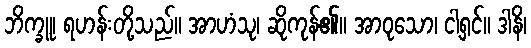
ဘိက္ခူ၊ ရဟန်းတို့သည်။ အာဟံသု၊ ဆိုကုန်၏။ အာဝုသော၊ ငါ့ရှင်။ ဒါနိ၊